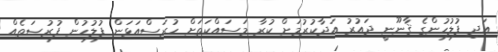
އަދި ފުލުހުންގެ ޤާނޫނީ ދައުރު އަދާކުރުމަށް ކުރާ މަސައްކަތަށް ހުރަސްއަޅަން ފުލުހުން ފުރުޞަތެއް